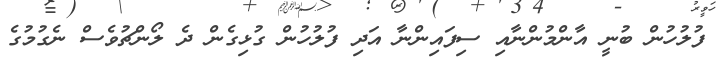
ފުލުހުން ބުނީ އާންމުންނާއި ސިފައިންނާ އަދި ފުލުހުން ގުޅިގެން ދެ ލޯންޗުވެސް ނެގުމުގެ